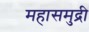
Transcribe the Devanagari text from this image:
महासमुद्री